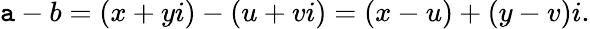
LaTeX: \mathtt{a}-b=(x+yi)-(u+vi)=(x-u)+(y-v)i.